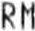
RM